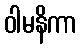
ဝါမနိကာ